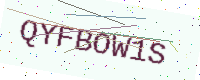
Text: QYFBOW1S